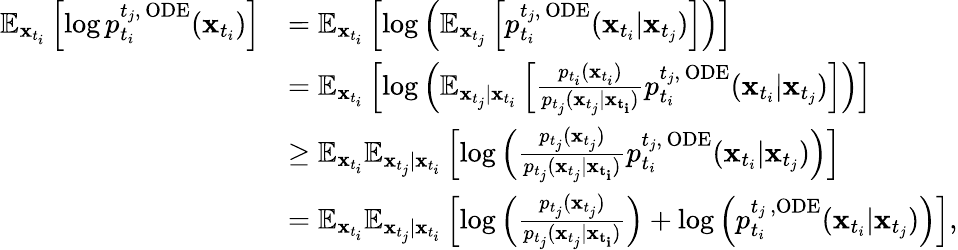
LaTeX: \begin{array}{rl}{\mathbb{E}_{\mathbf{x}_{t_{i}}}\left[\log p_{t_{i}}^{t_{j},\, \mathrm{ODE}}(\mathbf{x}_{t_{i}})\right]}&{=\mathbb{E}_{\mathbf{x}_{t_{i}}}\left[\log\left(\mathbb{E}_{\mathbf{x}_{t_{j}}}\left[p_{t_{i}}^{{t_{j}},\, \mathrm{ODE}}(\mathbf{x}_{t_{i}}|\mathbf{x}_{t_{j}})\right]\right)\right]}\\ &{=\mathbb{E}_{\mathbf{x}_{t_{i}}}\left[\log\left(\mathbb{E}_{\mathbf{x}_{t_{j}}|\mathbf{x}_{t_{i}}}\left[\frac{p_{t_{i}}(\mathbf{x}_{t_{i}})}{p_{t_{j}}(\mathbf{x}_{t_{j}}|\mathbf{x_{t_{i}}})}p_{t_{i}}^{{t_{j}},\, \mathrm{ODE}}(\mathbf{x}_{t_{i}}|\mathbf{x}_{t_{j}})\right]\right)\right]}\\ &{\geq\mathbb{E}_{\mathbf{x}_{t_{i}}}\mathbb{E}_{\mathbf{x}_{t_{j}}|\mathbf{x}_{t_{i}}}\left[\log\left(\frac{p_{t_{j}}(\mathbf{x}_{t_{j}})}{p_{t_{j}}(\mathbf{x}_{t_{j}}|\mathbf{x_{t_{i}}})}p_{t_{i}}^{{t_{j}},\, \mathrm{ODE}}(\mathbf{x}_{t_{i}}|\mathbf{x}_{t_{j}})\right)\right]}\\ &{=\mathbb{E}_{\mathbf{x}_{t_{i}}}\mathbb{E}_{\mathbf{x}_{t_{j}}|\mathbf{x}_{t_{i}}}\left[\log\left(\frac{p_{t_{j}}(\mathbf{x}_{t_{j}})}{p_{t_{j}}(\mathbf{x}_{t_{j}}|\mathbf{x_{t_{i}}})}\right)+\log\left(p_{t_{i}}^{{t_{j}}\, ,\mathrm{ODE}}(\mathbf{x}_{t_{i}}|\mathbf{x}_{t_{j}})\right)\right],}\end{array}